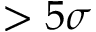
> 5 \sigma